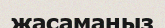
жасамаңыз